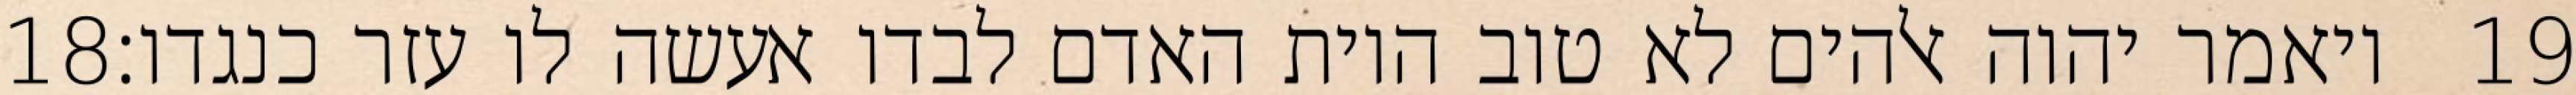
‎18‏ ויאמר יהוה אלהים לא טוב היות האדם לבדו אעשה לו עזר כנגדו׃ ‎19‏